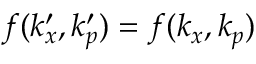
f ( k _ { x } ^ { \prime } , k _ { p } ^ { \prime } ) = f ( k _ { x } , k _ { p } )